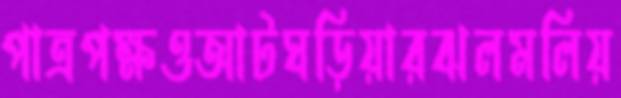
পাত্রপক্ষওআটঘড়িয়ারঝলমলিয়